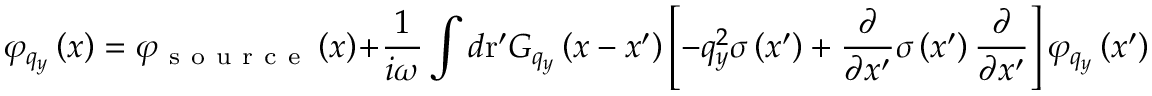
{ { \varphi } _ { { { q } _ { y } } } } \left( x \right) = { { \varphi } _ { \mathrm { ~ s ~ o ~ u ~ r ~ c ~ e ~ } } } \left( x \right) + \frac { 1 } { i \omega } \int { d \mathrm { { r } ^ { \prime } } { { G } _ { { { q } _ { y } } } } \left( x - { x } ^ { \prime } \right) \left[ - q _ { y } ^ { 2 } \sigma \left( { { x } ^ { \prime } } \right) + \frac { \partial } { \partial { x } ^ { \prime } } \sigma \left( { { x } ^ { \prime } } \right) \frac { \partial } { \partial { x } ^ { \prime } } \right] { { \varphi } _ { { { q } _ { y } } } } \left( { { x } ^ { \prime } } \right) }